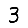
Digit: 3